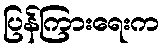
ပြန်ကြားရေးက